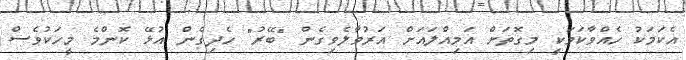
އެކަމަކު ހެއްވާކަމަކީ މިގޮތަށް އަމިއްލައަށް އަރުވާލެވިގެން "ބޭރު" ހެދިގެން އުޅޭ ކޮންމެ މީހަކުވެސް